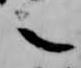
之